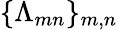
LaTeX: \{ \Lambda_{mn}\} _{m,n}